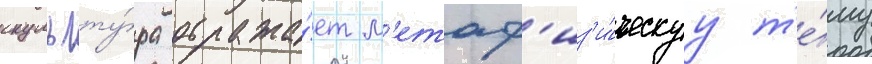
скульпту́ра отража́ет м'етаф'из'и́ческуу т'е́му